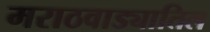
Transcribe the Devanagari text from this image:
मराठवाड्यातिल